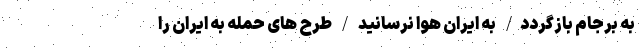
به برجام بازگردد/ به ایران هوا نرسانید / طرح های حمله به ایران را